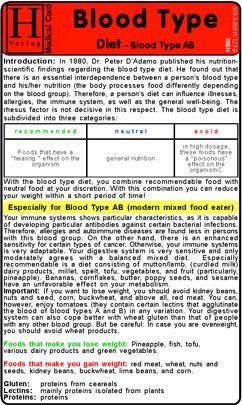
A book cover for Blood Type Diet - AB - Medical Card; Hawelka; Health, Fitness & Dieting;